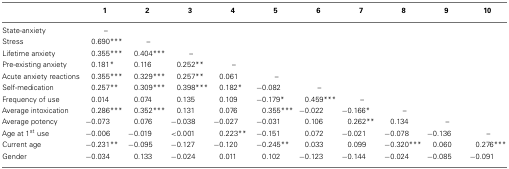
<table><thead><tr><td></td><td><b>1</b></td><td><b>2</b></td><td><b>3</b></td><td><b>4</b></td><td><b>5</b></td><td><b>6</b></td><td><b>7</b></td><td><b>8</b></td><td><b>9</b></td><td><b>10</b></td></tr></thead><tbody><tr><td>State-anxiety</td><td>–</td><td></td><td></td><td></td><td></td><td></td><td></td><td></td><td></td><td></td></tr><tr><td>Stress</td><td>0.690***</td><td>–</td><td></td><td></td><td></td><td></td><td></td><td></td><td></td><td></td></tr><tr><td>Lifetime anxiety</td><td>0.355***</td><td>0.404***</td><td>–</td><td></td><td></td><td></td><td></td><td></td><td></td><td></td></tr><tr><td>Pre-existing anxiety</td><td>0.181*</td><td>0.116</td><td>0.252**</td><td>–</td><td></td><td></td><td></td><td></td><td></td><td></td></tr><tr><td>Acute anxiety reactions</td><td>0.355***</td><td>0.329***</td><td>0.257**</td><td>0.061</td><td>–</td><td></td><td></td><td></td><td></td><td></td></tr><tr><td>Self-medication</td><td>0.257**</td><td>0.309***</td><td>0.398***</td><td>0.182*</td><td>−0.082</td><td>–</td><td></td><td></td><td></td><td></td></tr><tr><td>Frequency of use</td><td>0.014</td><td>0.074</td><td>0.135</td><td>0.109</td><td>−0.179*</td><td>0.459***</td><td>–</td><td></td><td></td><td></td></tr><tr><td>Average intoxication</td><td>0.286***</td><td>0.352***</td><td>0.131</td><td>0.076</td><td>0.355***</td><td>−0.022</td><td>−0.166*</td><td>–</td><td></td><td></td></tr><tr><td>Average potency</td><td>−0.073</td><td>0.076</td><td>−0.038</td><td>−0.027</td><td>−0.031</td><td>0.106</td><td>0.262**</td><td>0.134</td><td>–</td><td></td></tr><tr><td>Age at 1<sup>st</sup> use</td><td>−0.006</td><td>−0.019</td><td>&lt;0.001</td><td>0.223**</td><td>−0.151</td><td>0.072</td><td>−0.021</td><td>−0.078</td><td>−0.136</td><td>–</td></tr><tr><td>Current age</td><td>−0.231**</td><td>−0.095</td><td>−0.127</td><td>−0.120</td><td>−0.245**</td><td>0.033</td><td>0.099</td><td>−0.320***</td><td>0.060</td><td>0.276***</td></tr><tr><td>Gender</td><td>−0.034</td><td>0.133</td><td>−0.024</td><td>0.011</td><td>0.102</td><td>−0.123</td><td>−0.144</td><td>−0.024</td><td>−0.085</td><td>−0.091</td></tr></tbody></table>